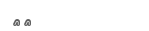
٤٤